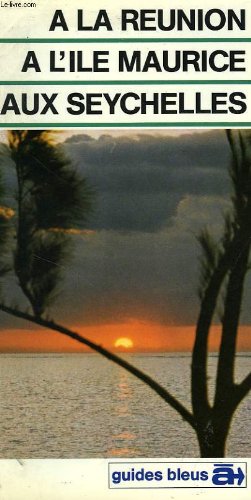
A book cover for A la Reunion, a l'ile Maurice, aux Seychelles: Guide (Guides bleus a) (French Edition); Clarisse Desiles; Travel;